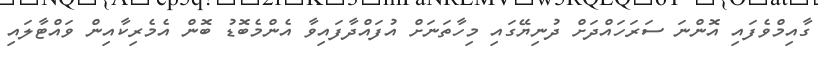
ގާއިމްވެފައި އޮންނަ ސަރަހައްދަށް ދުނިޔޭގައި މިހާތަނަށް އުފައްދާފައިވާ އެންމެބޮޑު ބޮން އެމެރިކާއިން ވައްޓާލައި